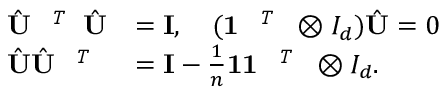
\begin{array} { r l } { \hat { { \mathbf { U } } } ^ { \textit { \footnotesize \texttt { T } } } \hat { { \mathbf { U } } } } & { = { \mathbf { I } } , \quad ( \mathbf { 1 } ^ { \textit { \footnotesize \texttt { T } } } \otimes I _ { d } ) \hat { { \mathbf { U } } } = 0 } \\ { \hat { { \mathbf { U } } } \hat { { \mathbf { U } } } ^ { \textit { \footnotesize \texttt { T } } } } & { = { \mathbf { I } } - \frac { 1 } { n } \mathbf { 1 } \mathbf { 1 } ^ { \textit { \footnotesize \texttt { T } } } \otimes I _ { d } . } \end{array}